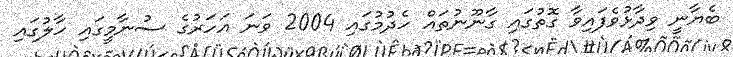
ބެޔާނީ ވިދާޅުވެފައިވާ ގޮތުގައި ގާނޫނުތައް ހެދުމުގައި 2004 ވަނަ އަހަރުގެ ސުނާމީގައި ހާލުގައި